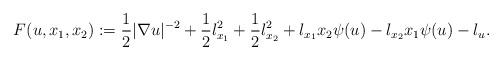
LaTeX: \begin{align*} F(u,x_1,x_2):=\frac{1}{2}|\nabla u|^{-2}+\frac{1}{2}l_{x_1}^2+\frac{1}{2}l_{x_2}^2+l_{x_1} x_2\psi(u)-l_{x_2}x_1\psi(u)-l_u.\end{align*}